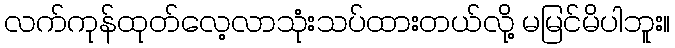
လက်ကုန်ထုတ်လေ့လာသုံးသပ်ထားတယ်လို့ မမြင်မိပါဘူး။